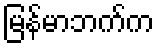
မြန်မာဘက်က